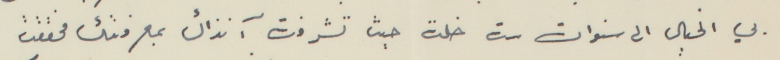
بي الخيال الى سنوات ست خلت حيث تشرفت آنذاك بمعرفتك فحققت